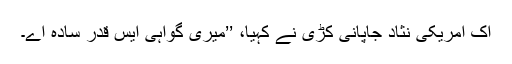
اِک امریکی نثاد جاپانی کُڑی نے کہیا، ’’میری گواہی ایس قدر سادہ اے۔